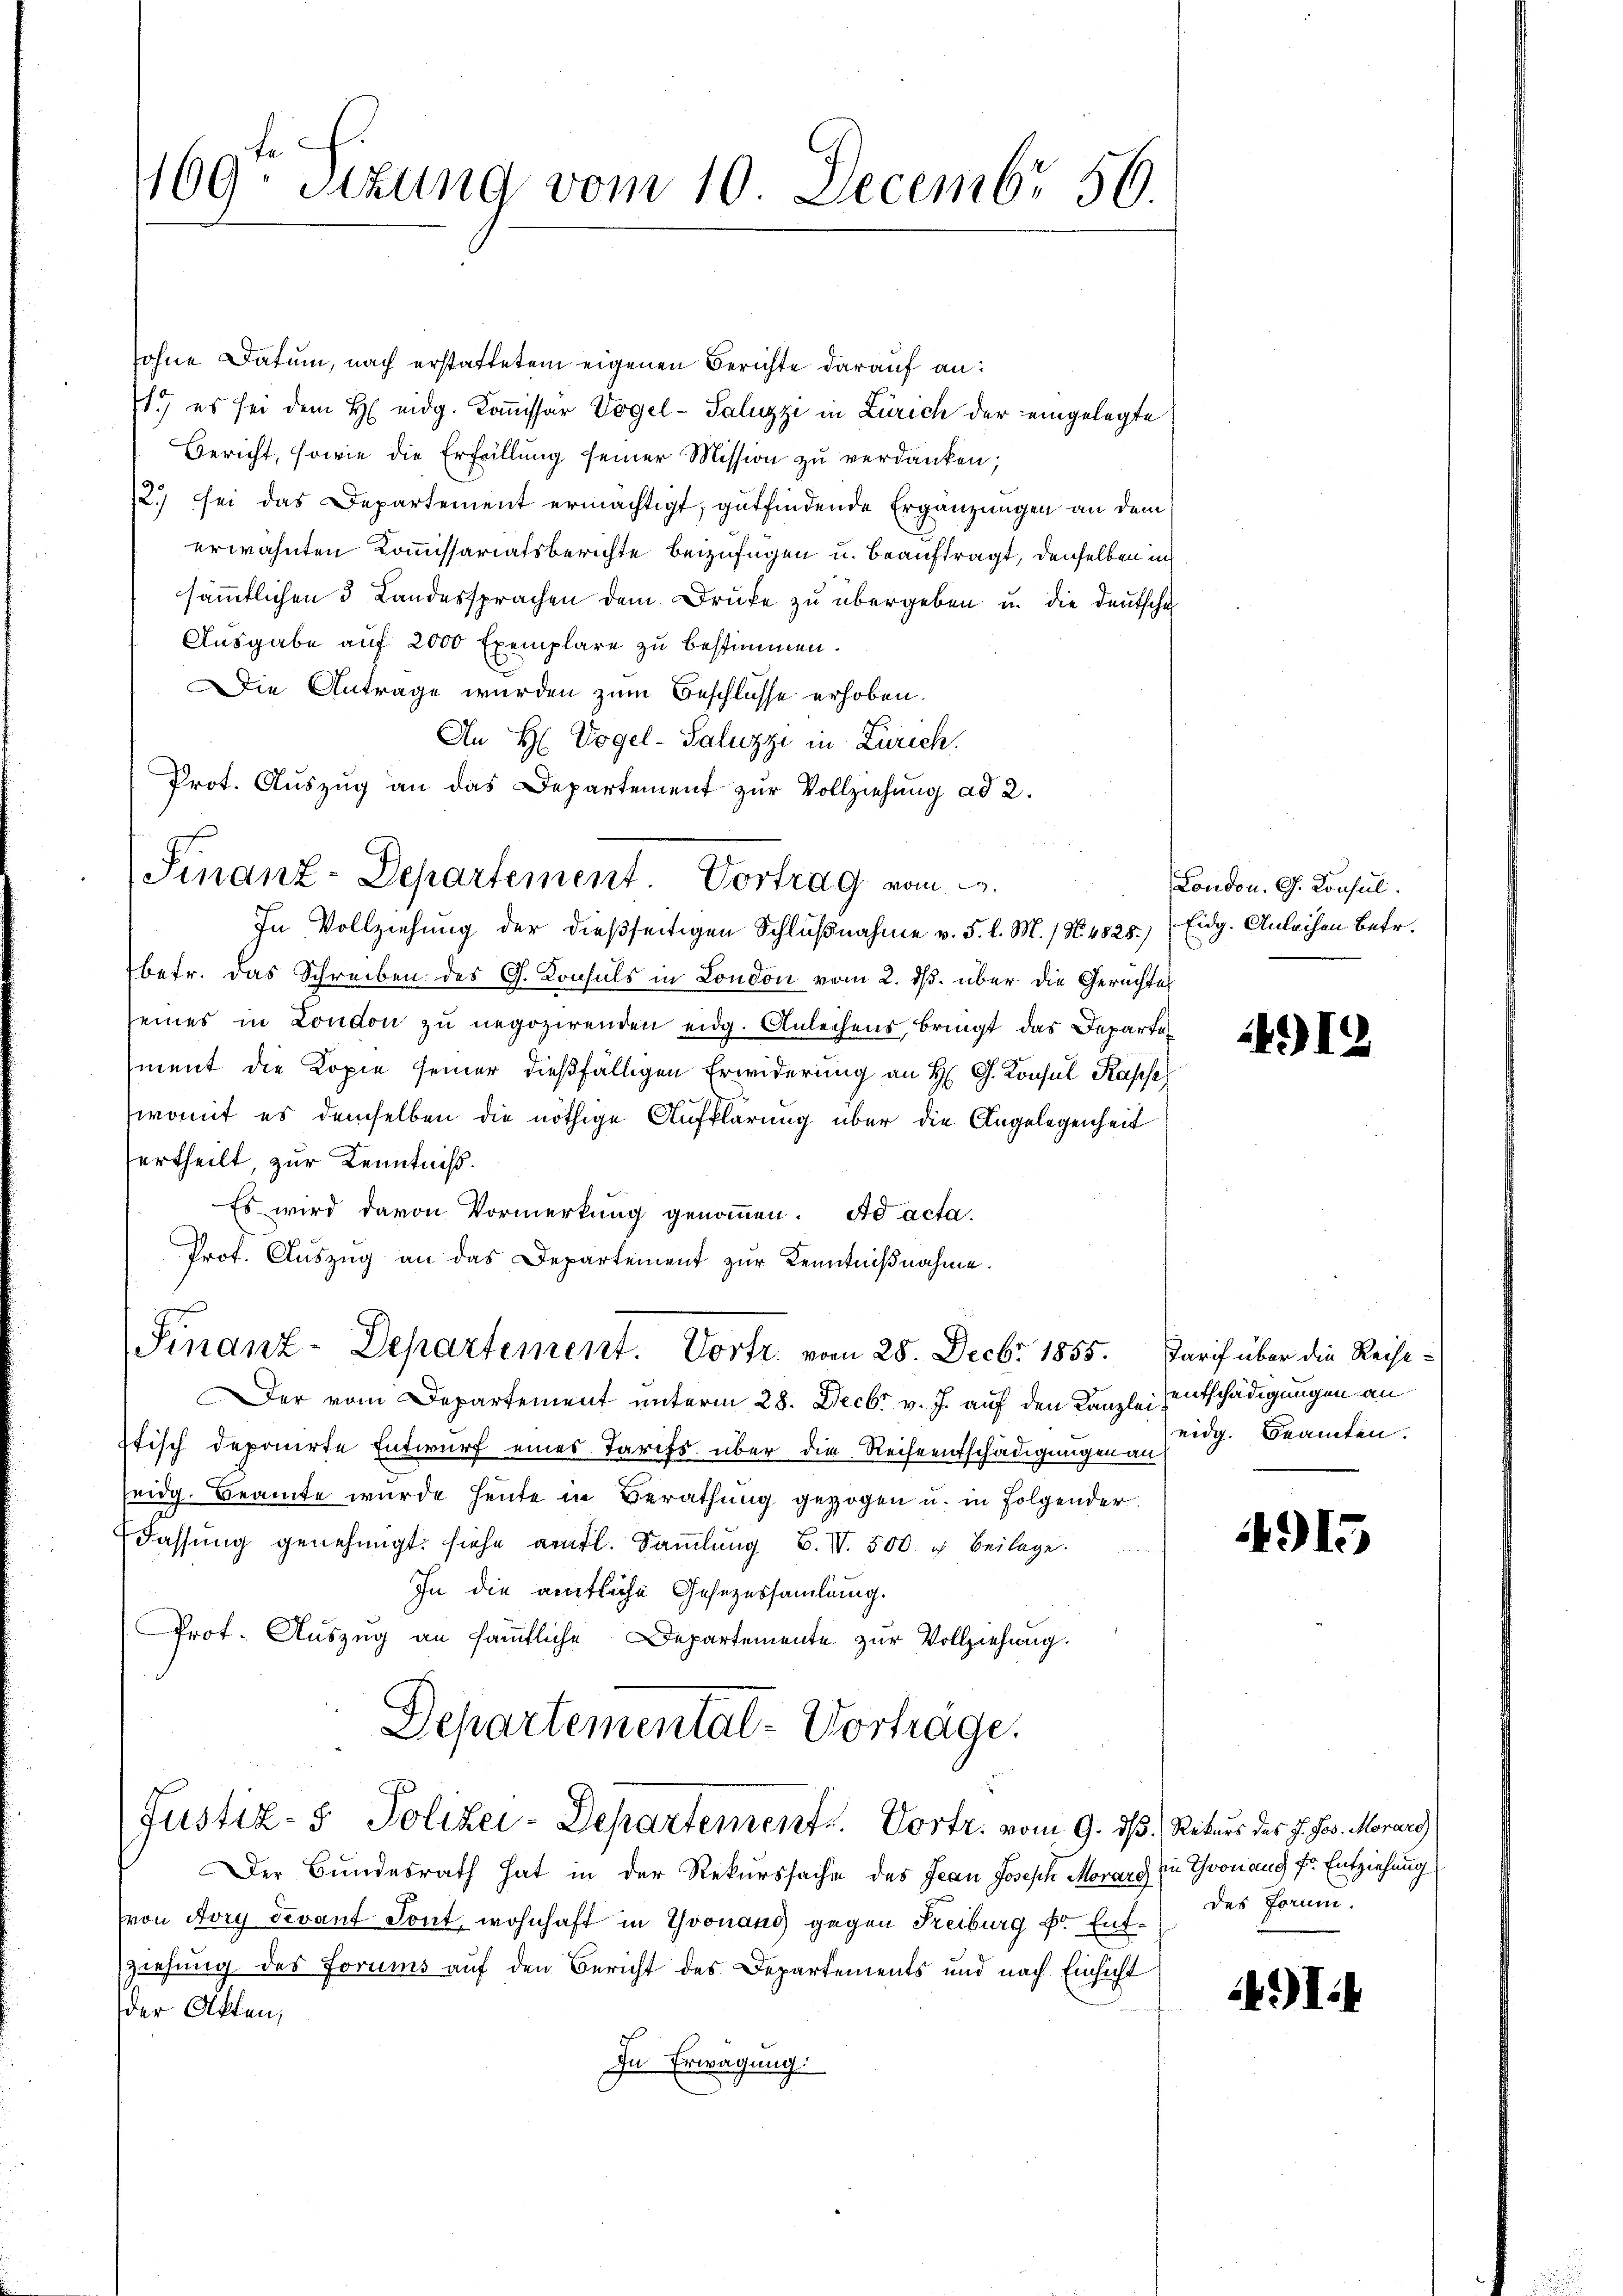
169ten Sizung vom 10. Decembr 56.

sohne Datum, nach erstattetem eigenen Berichte darauf an:
1.) es sei dem H. eidg. Kommissär Vogel-Saluzzi in Zürich der eingelegte
Bericht, sowie die Erfüllŭng seiner Mission zŭ verdanken;
12.) sei das Departement ermächtigt, gutfindende Ergänzungen an dem
erwähnten Kommissariatsberichte beizufügen u. beauftragt, denselben in
sämmtlichen 3 Landessprachen dem Druke zu übergeben u. die Deutsche
Ausgabe auf 2000 Exemplare zu bestimmen.
Die Antrage wurden zum Beschlüsse erhoben.
An H. Vogel-Saluzzi in Zürich.
Prot. Auszug an das Departement zur Vollziehung ad 2.
betr. das Schreiben des G. Konsuls in London vom 2. ds. über die Gerichtes
seines in London zu negozirenden eidg. Anleihens bringt das Departe
ment die Kopie seiner dießfälligen Erwiderung an H. G. Konsul Kapse
womit es demselben die nöthige Aufklärung über die Angelegenheit
ertheilt, zur Kenntniß.
Es wird davon Vormerkung genommen. Ad acta.
Prot. Aŭszŭg an das Departement zŭr Kenntniβnahme.
Finanz-Departement. Vortr. vom 28. Decbr 1855. Tarif über die Reise¬
Der vom Departement unterm 28. Decbr v. J. auf den Kanzlei entschädigungen an
Itisch deponirte Entwurf eines Tarifs über die Reiseentschädigungen an
seidg. Beamte wurde heute in Berathung gezogen u. in Folgender
Fassung genehmigt: siehe amtl. Sammlung B. I. 500 c. Beilage.
In die ämtliche Gesezessammlung.
Prot. Auszug an sämtliche Departemente zur Vollziehung.
Departemental-Vorträge.
Justiz- & Polizei-Departement. Vortr. vom 9. ds. Rekurs des J. Jos. Morars
Der Bundesrath hat in der Rekurssache des Jean Joseph Morars in Thronaus fr. Entziehung
(von Avry devant Sont, wohnhaft in Gronaus gegen Kreiburg Fr. Entziehung des Forums auf den Bericht des Departements und nach Einsicht
der Akten,
In Erwägung:

Finanz-Departement. Vortrag vom 2.
In Vollziehung der dießseitigen Schlußnahme v. 5. l. M. / N. 4828.)

London. G. Konsul
Eidg. Anlachen betr.

4912

eidg. Beamten.

915

des Forum.

I.4